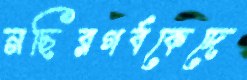
নছিরগর্বকেদে